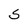
Character: S